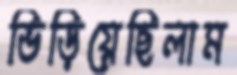
ভিড়িয়েছিলাম